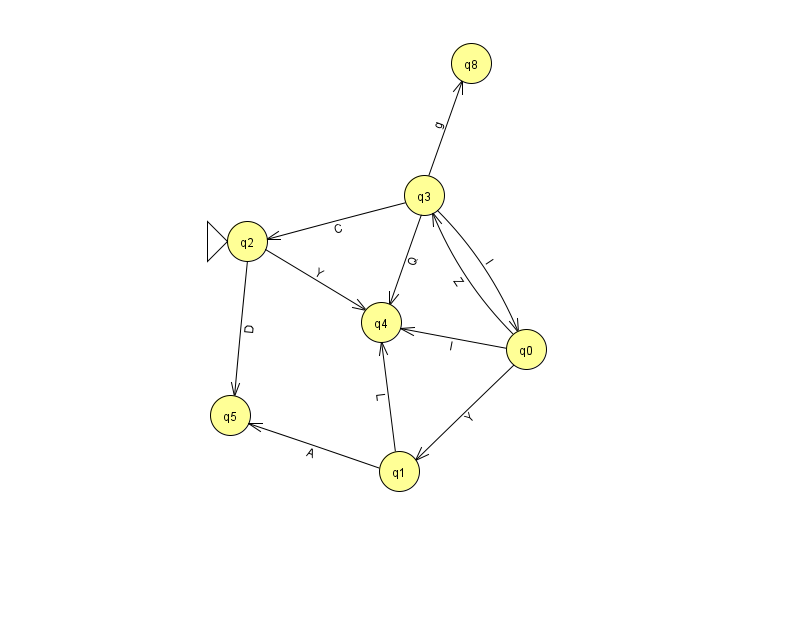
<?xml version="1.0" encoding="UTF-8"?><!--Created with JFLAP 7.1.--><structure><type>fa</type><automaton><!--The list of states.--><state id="0" name="q0"><x>526.0</x><y>336.0</y></state><state id="1" name="q1"><x>399.0</x><y>458.0</y></state><state id="2" name="q2"><x>247.0</x><y>228.0</y><initial/></state><state id="3" name="q3"><x>424.0</x><y>182.0</y></state><state id="4" name="q4"><x>381.0</x><y>309.0</y></state><state id="5" name="q5"><x>230.0</x><y>402.0</y></state><state id="8" name="q8"><x>471.0</x><y>50.0</y></state><!--The list of transitions.--><transition><from>2</from><to>5</to><read>D</read></transition><transition><from>0</from><to>1</to><read>Y</read></transition><transition><from>0</from><to>3</to><read>Z</read></transition><transition><from>3</from><to>0</to><read>I</read></transition><transition><from>3</from><to>2</to><read>C</read></transition><transition><from>1</from><to>4</to><read>L</read></transition><transition><from>2</from><to>4</to><read>Y</read></transition><transition><from>1</from><to>5</to><read>A</read></transition><transition><from>0</from><to>4</to><read>l</read></transition><transition><from>3</from><to>4</to><read>Q</read></transition><transition><from>3</from><to>8</to><read>g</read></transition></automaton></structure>